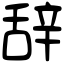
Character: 辞